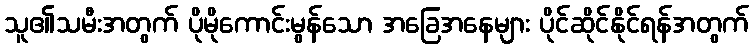
သူ၏သမီးအတွက် ပိုမိုကောင်းမွန်သော အခြေအနေများ ပိုင်ဆိုင်နိုင်ရန်အတွက်